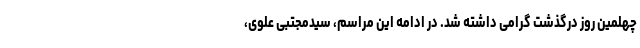
چهلمین روز درگذشت گرامی داشته شد. در ادامه این مراسم، سیدمجتبی علوی،